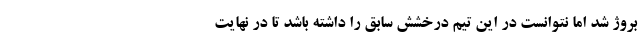
بروژ شد اما نتوانست در این تیم درخشش سابق را داشته باشد تا در نهایت